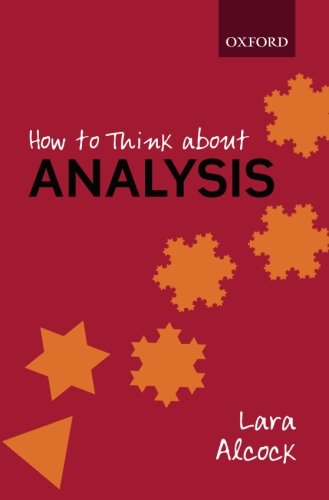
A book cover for How to Think About Analysis; Lara Alcock; Science & Math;